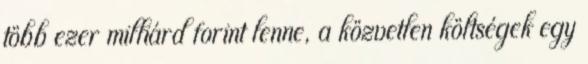
több ezer milliárd forint lenne, a közvetlen költségek egy